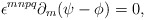
\begin{align*}\epsilon^{mnpq}\partial_{m}(\psi - \phi) = 0,\end{align*}